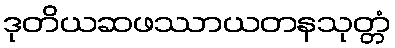
ဒုတိယဆဖဿာယတနသုတ္တံ